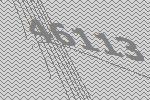
46113